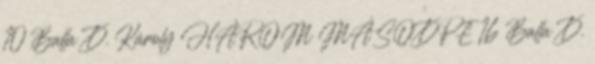
10 Balla D. Károly HÁROM MÁSODPE 16 Balla D.